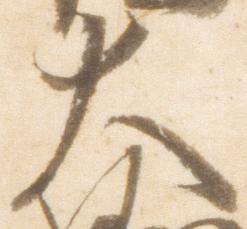
大